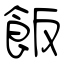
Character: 飯